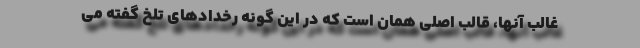
غالب آنها، قالب اصلی همان است که در این گونه رخدادهای تلخ گفته می